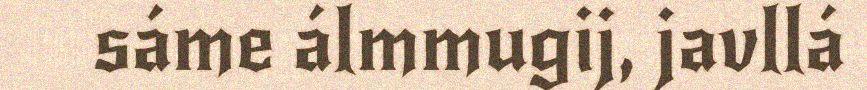
sáme álmmugij, javllá